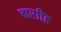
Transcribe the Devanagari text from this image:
कराीह